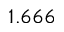
1 . 6 6 6